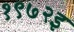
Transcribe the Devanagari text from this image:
१९७२इ